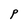
Character: P